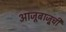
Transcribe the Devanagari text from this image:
आजूबाजू्ची